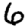
Digit: 6